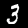
Label: 3